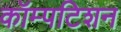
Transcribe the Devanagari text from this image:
कॉम्पटिशन